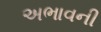
અભાવની